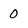
Character: 0